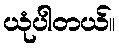
ယုံပါတယ်။